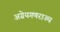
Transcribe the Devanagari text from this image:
अग्रेयगणराज्य